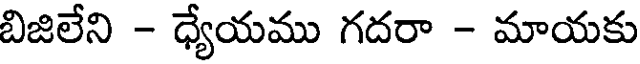
బిజిలేని - ధ్యేయము గదరా - మాయకు